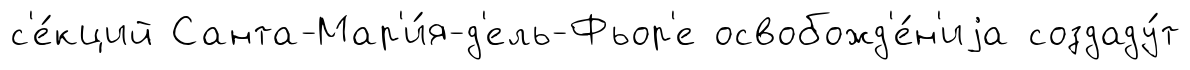
с'е́кций Санта-Мар'и́я-д'ель-Фьор'е освобожд'е́н'иjа создаду́т